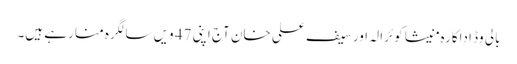
بالی وڈ اداکارہ منیشا کوئرالہ اور سیف علی خان آج اپنی 47 ویں سالگرہ منا رہے ہیں۔